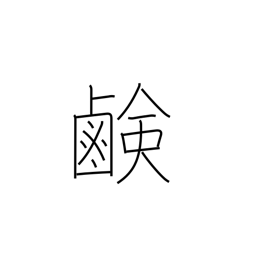
Meaning: saltiness